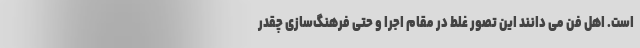
است. اهل فن می دانند این تصور غلط در مقام اجرا و حتی فرهنگ‌سازی چقدر